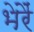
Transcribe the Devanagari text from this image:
भेरैं